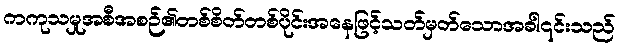
ကကုသမှုအစီအစဉ်၏တစ်စိတ်တစ်ပိုင်းအနေဖြင့်သတ်မှတ်သောအခါ၎င်းသည်